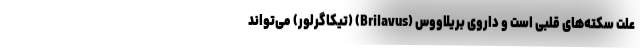
علت سکته‌های قلبی است و داروی بریلاووس (Brilavus) (تیکاگرلور) می‌تواند